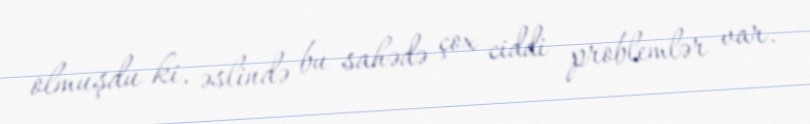
olmuşdu ki, əslində bu sahədə çox ciddi problemlər var.